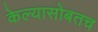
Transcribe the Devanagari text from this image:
केल्यासोबतच